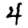
Digit: 4